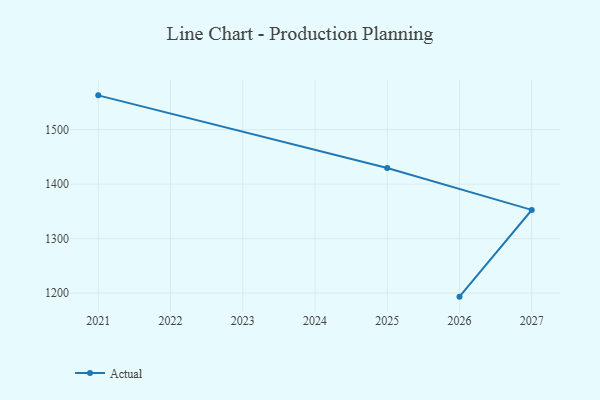
{"axis": {"x": "Year", "y": "Satisfaction Score"}, "legend": ["Actual"], "data": [{"x": "2026", "y": 1193.4, "type": "Actual"}, {"x": "2027", "y": 1352.7, "type": "Actual"}, {"x": "2025", "y": 1429.7, "type": "Actual"}, {"x": "2021", "y": 1563.1, "type": "Actual"}]}